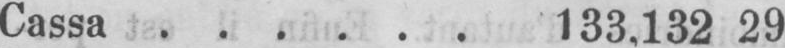
Cassa ...... 133,132 29